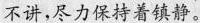
不讲,尽力保持着镇静。